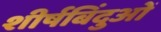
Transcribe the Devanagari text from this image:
शीर्षबिंदुओं